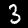
Digit: 3